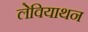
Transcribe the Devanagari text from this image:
लेवियाथन